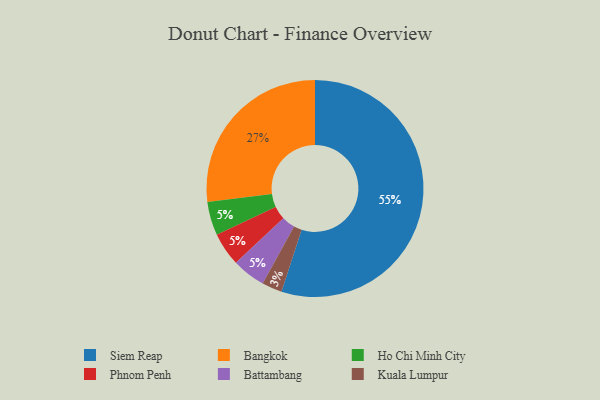
{"axis": {"x": "Category", "y": "Percentage"}, "legend": ["Bangkok", "Battambang", "Ho Chi Minh City", "Kuala Lumpur", "Phnom Penh", "Siem Reap"], "data": [{"x": "Ho Chi Minh City", "y": 5, "type": "Ho Chi Minh City"}, {"x": "Phnom Penh", "y": 5, "type": "Phnom Penh"}, {"x": "Siem Reap", "y": 55, "type": "Siem Reap"}, {"x": "Bangkok", "y": 27, "type": "Bangkok"}, {"x": "Kuala Lumpur", "y": 3, "type": "Kuala Lumpur"}, {"x": "Battambang", "y": 5, "type": "Battambang"}]}